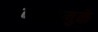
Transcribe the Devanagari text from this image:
व्यग्रतेमुळे